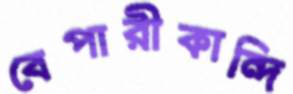
বেপারীকান্দি